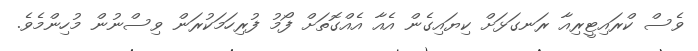
ވެސް ކްރައިޓީރިއާ ރަނގަޅަށް ކިޔައިގެން އެއާ އެއްގޮތަށް ފޯމު ފުރިހަމަކުރަން ވިސްނުން މުހިންމެވެ.